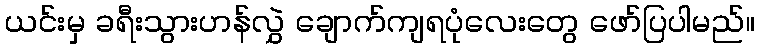
ယင်းမှ ခရီးသွားဟန်လွှဲ ချောက်ကျရပုံလေးတွေ ဖော်ပြပါမည်။